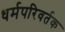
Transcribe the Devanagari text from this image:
धर्मपरिवर्तक